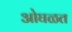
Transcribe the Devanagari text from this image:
ओघळत